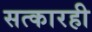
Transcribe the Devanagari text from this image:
सत्कारही